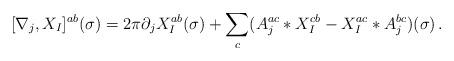
LaTeX: \begin{align*}[\nabla_{j}, X_{I}]^{ab}(\sigma ) = 2\pi \partial_{j}X_{I}^{ab}(\sigma ) + \sum_{c}(A_{j}^{ac}\ast X^{cb}_{I} - X_{I}^{ac}\ast A_{j}^{bc} )(\sigma) \, .\end{align*}